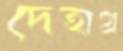
দেহাগ্র